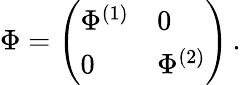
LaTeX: \Phi=\left(\begin{array}{ll}{{\Phi^{(1)}}}&{{0}}\\ {{0}}&{{\Phi^{(2)}}}\end{array}\right)\, .